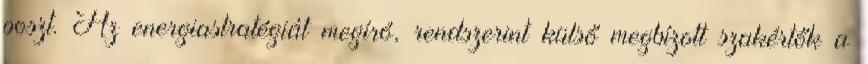
poszt. Az energiastratégiát megíró, rendszerint külső megbízott szakértők a